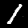
Digit: 1